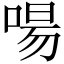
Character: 啺